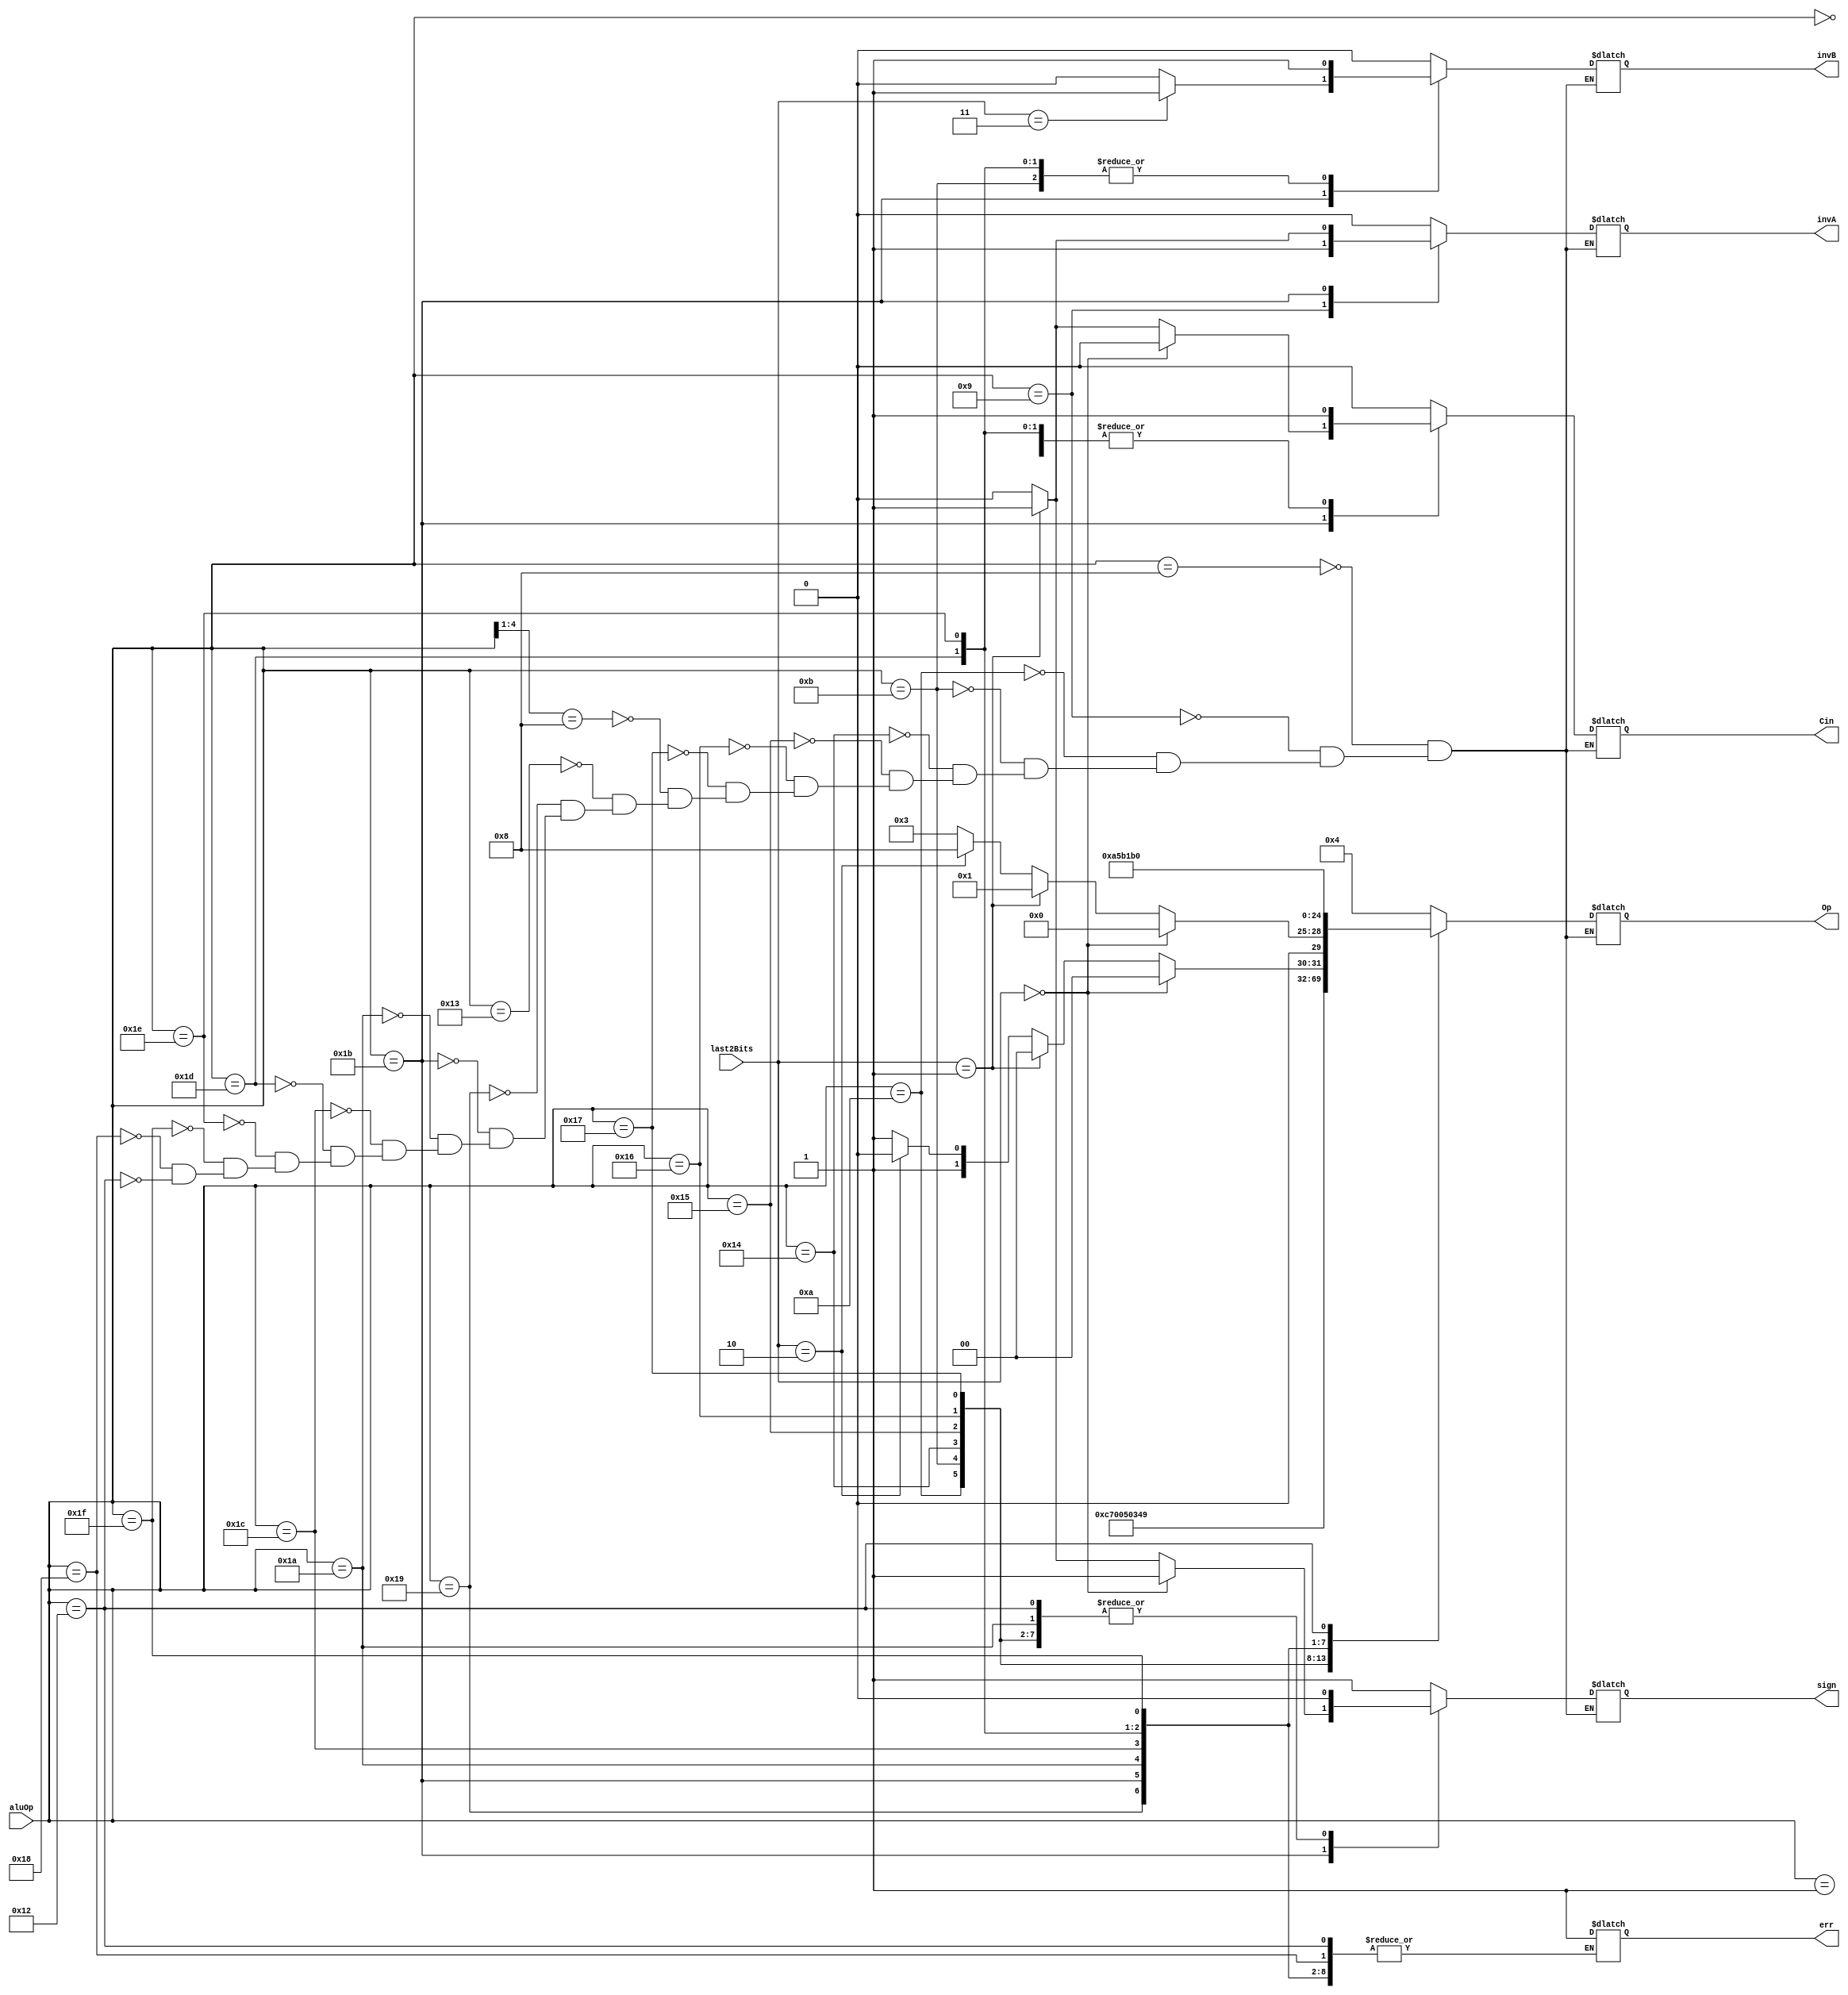
module alu_op(aluOp, last2Bits, Cin, Op, invA, invB, sign, err);

input [4:0] aluOp;
input[1:0]last2Bits;
output reg Cin, invA, invB, sign, err;
output reg [4:0]Op;

  always@(*)
	begin
		casex (aluOp) 
		
		5'b00000: begin  //halt
		end

		5'b00001: begin  //nop
		end

		5'b01000: begin  //addi
			Cin = 0;
	        Op = 5'b00100; //A+B
	        invA = 0;
	        invB = 0;
	        sign = 1;
		end
		
		5'b01001: begin //subi
			Cin = 1;
	        Op = 5'b00100; //A+B
	        invA = 1;
	        invB = 0;
	        sign = 1;
		end
		
		5'b01010: begin //xori
			Cin = 0;
	        Op = 5'b00110; //A xor B
	        invA = 0;
	        invB = 0;
	        sign = 0;
		end
		
		5'b01011: begin //ANDNI
			Cin = 0;
	        Op = 5'b00111; //A AND B
	        invA = 0;
	        invB = 1;
	        sign = 0;
		end
		
		5'b10100: begin //ROLI
			Cin = 0;
	        Op = 5'b00000; //rotate left
	        invA = 0;
	        invB = 0;
	        sign = 0;
		end
		
		5'b10101: begin //SLLI
			Cin = 0;
	        Op = 5'b00001; //shift left
	        invA = 0;
	        invB = 0;
	        sign = 0;
		end
		
		5'b10110: begin //RORI
			Cin = 1;
	        Op = 5'b01000; //rotate right
	        invA = 0;
	        invB = 0;
	        sign = 0;
		end
		
		5'b10111: begin //SRLI
			Cin = 0;
	        Op = 5'b00011; //shift right log
	        invA = 0;
	        invB = 0;
	        sign = 0;
		end
		
		5'b1000?: begin //ST/LD
			Cin = 0;
	        Op = 5'b00100; //ADD
	        invA = 0;
	        invB = 0;
	        sign = 1;
		end
		
		5'b10011: begin //STU
			Cin = 0;
	        Op = 5'b00100; //ADD
	        invA = 0;
	        invB = 0;
	        sign = 1;
		end

		5'b11001: begin //BTR
			Cin = 0;
	        Op = 5'b01001; //revrse
	        invA = 0;
	        invB = 0;
	        sign = 1;
		end
		
		5'b11011: begin //ADD, SUB...
			Cin = (last2Bits==2'b00)? 0:
				  (last2Bits==2'b01)? 1:
				  (last2Bits==2'b10)? 0:
				  0;
	        Op = (last2Bits==2'b00)?5'b00100:
				 (last2Bits==2'b01)?5'b00100:
				 (last2Bits==2'b10)?5'b00110:
				 5'b00111;
	        invB = (last2Bits==2'b11)?1:0;
	        invA = (last2Bits==2'b01)?1:0;
	        sign =(last2Bits==2'b00)?1:
				  (last2Bits==2'b01)?1:
				  (last2Bits==2'b10)?0:
				  0;
		end

		5'b11010: begin //rotate/shift
			Cin = 1;
	        Op = (last2Bits==2'b00)?5'b00000: //rotate left
				 (last2Bits==2'b01)?5'b00001: //shift left
				 (last2Bits==2'b10)?5'b01000: //rotate right
				 5'b00011; //shift right log
	        invA = 0;
	        invB = 0;
	        sign = 0;
		end

		5'b11100: begin //SEQ
			Cin = 0;
	        Op = 5'b01010; //RS == RT
	        invA = 0;
	        invB = 0;
	        sign = 1;
		end

		5'b11101: begin //SLT
			Cin = 1;
	        Op = 5'b01011; //RS < RT
	        invA = 0;
	        invB = 1;
	        sign = 1;
		end

		5'b11110: begin //SLE
			Cin = 1;
	        Op = 5'b01100; //RS <= RT
	        invA = 0;
	        invB = 1;
	        sign = 1;
		end

		5'b11111: begin //SCO
			Cin = 0;
	        Op = 5'b01101; //CARRY
	        invA = 0;
	        invB = 0;
	        sign = 1;
		end

		5'b11000: begin //LBI
			Cin = 0;
	        Op = 5'b00100; //ADD
	        invA = 0;
	        invB = 0;
	        sign = 1;
		end

		5'b10010: begin //SLBI
			Cin = 0;
	        Op = 5'b10000; //CONCAT
	        invA = 0;
	        invB = 0;
	        sign = 0;
		end

		default: begin
			err = 1;
		end
		
		endcase
		
	end

endmodule